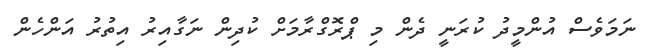
ނަމަވެސް އުންމީދު ކުރަނީ ދެން މި ޕްރޮގްރާމަށް ކުދިން ނަގާއިރު އިތުރު އަންހެން